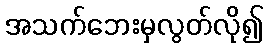
အသက်ဘေးမှလွတ်လို၍